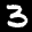
Label: 3